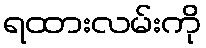
ရထားလမ်းကို